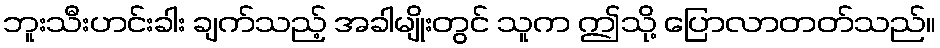
ဘူးသီးဟင်းခါး ချက်သည့် အခါမျိုးတွင် သူက ဤသို့ ပြောလာတတ်သည်။